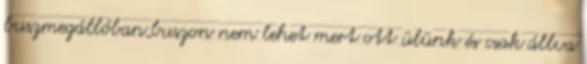
buszmegállóban,buszon nem lehet mert ott ülünk és csak állva